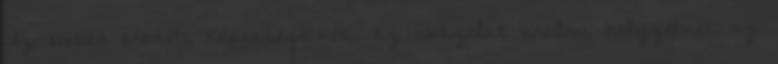
Az ember eredeti képességeinek, az abszolút uralmi helyzetnek az